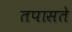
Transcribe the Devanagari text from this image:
तपासते